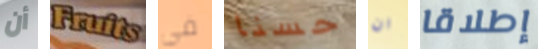
أن Fruits في حسنا ان إطلاقا